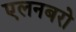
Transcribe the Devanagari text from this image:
एलनबरो